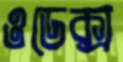
ওডেক্স